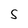
Character: S